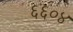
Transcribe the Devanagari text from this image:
६६०४